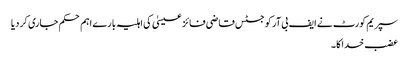
سپریم کورٹ نے ایف بی آر کو جسٹس قاضی فائز عیسیٰ کی اہلیہ بارے اہم حکم جاری کر دیا
عضب خدا کا ۔